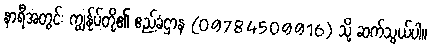
နာရီအတွင်း ကျွန်ုပ်တို့၏ ဧည့်ခံဌာန (09784509916) သို့ ဆက်သွယ်ပါ။